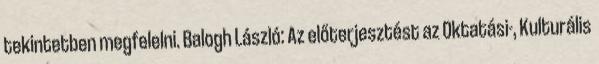
tekintetben megfelelni. Balogh László: Az előterjesztést az Oktatási-, Kulturális